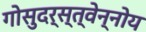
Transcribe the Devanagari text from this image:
गोसुदर्स्त्वेन्नोय